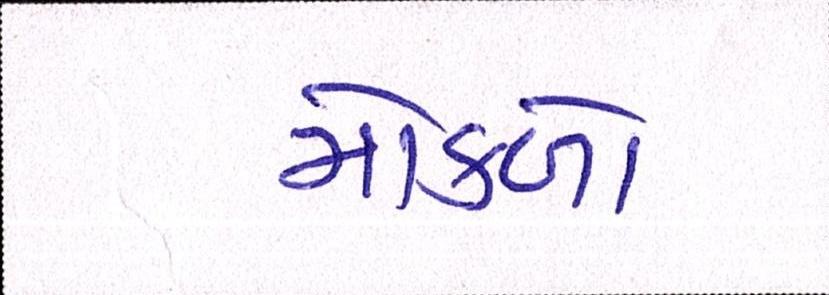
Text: મોકળો